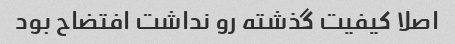
اصلا کیفیت گذشته رو نداشت افتضاح بود